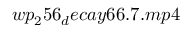
w p _ { 2 } 5 6 _ { d } e c a y 6 6 . 7 . m p 4